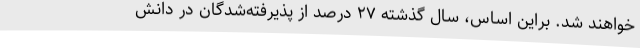
خواهند شد. براین اساس، سال گذشته ۲۷ درصد از پذیرفته‌شدگان در دانش